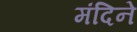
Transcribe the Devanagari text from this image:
मंदिने